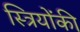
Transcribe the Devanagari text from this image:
स्त्रियोंकी